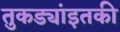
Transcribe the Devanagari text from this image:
तुकड्यांइतकी